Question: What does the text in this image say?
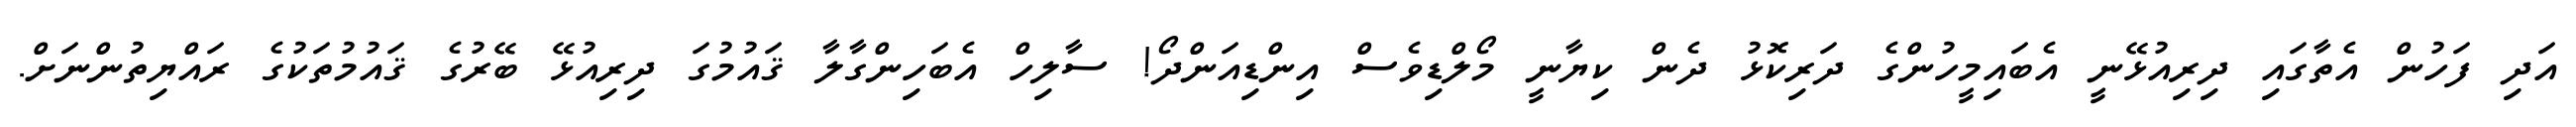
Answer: އަދި ފަހުން އެތާގައި ދިރިއުޅޭނީ އެބައިމީހުންގެ ދަރިކޮޅު ދެން ކިޔާނީ މޯލްޑިވެސް އިންޑިއަންދޯ! ސާލިހް އެބަހިންގާލާ ޤައުމުގަ ދިރިއުޅޭ ބޭރުގެ ޤައުމުތަކުގެ ރައްޔިތުންނަށް.